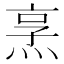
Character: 𪸿